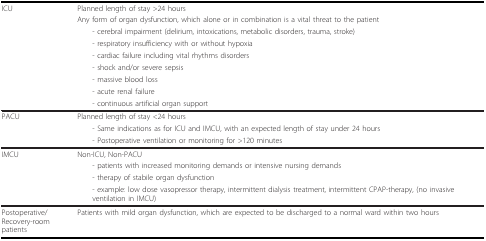
<table><thead><tr><td><b>ICU</b></td><td><b>Planned length of stay &gt;24 hours</b></td></tr><tr><td></td><td><b>Any form of organ dysfunction, which alone or in combination is a vital threat to the patient</b></td></tr><tr><td></td><td><b> - cerebral impairment (delirium, intoxications, metabolic disorders, trauma, stroke)</b></td></tr><tr><td></td><td><b> - respiratory insufficiency with or without hypoxia</b></td></tr><tr><td></td><td><b> - cardiac failure including vital rhythms disorders</b></td></tr><tr><td></td><td><b> - shock and/or severe sepsis</b></td></tr><tr><td></td><td><b> - massive blood loss</b></td></tr><tr><td></td><td><b> - acute renal failure</b></td></tr><tr><td></td><td><b> - continuous artificial organ support</b></td></tr></thead><tbody><tr><td>PACU</td><td>Planned length of stay &lt;24 hours</td></tr><tr><td></td><td> - Same indications as for ICU and IMCU, with an expected length of stay under 24 hours</td></tr><tr><td></td><td> - Postoperative ventilation or monitoring for &gt;120 minutes</td></tr><tr><td>IMCU</td><td>Non-ICU, Non-PACU</td></tr><tr><td></td><td> - patients with increased monitoring demands or intensive nursing demands</td></tr><tr><td></td><td> - therapy of stabile organ dysfunction</td></tr><tr><td></td><td> - example: low dose vasopressor therapy, intermittent dialysis treatment, intermittent CPAP-therapy, (no invasive ventilation in IMCU)</td></tr><tr><td>Postoperative/Recovery-room patients</td><td>Patients with mild organ dysfunction, which are expected to be discharged to a normal ward within two hours</td></tr></tbody></table>